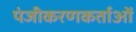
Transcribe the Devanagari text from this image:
पंजीकरणकर्ताओं